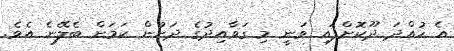
އެ ހުއްދަ ދޫކޮށްފައި ވަނީ މި ގަވާއިދުގެ ދަށުން ކަމަށް ބެލޭނެ އެވެ.